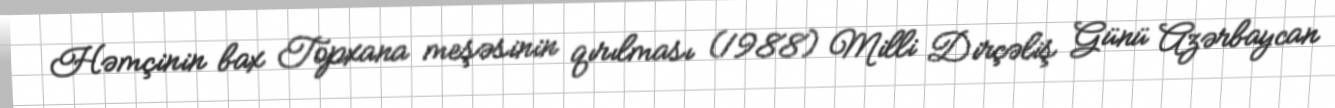
Həmçinin bax Topxana meşəsinin qırılması (1988) Milli Dirçəliş Günü Azərbaycan